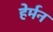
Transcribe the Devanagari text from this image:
हेर्मन